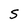
Character: S